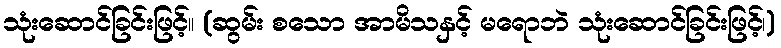
သုံးဆောင်ခြင်းဖြင့်။ (ဆွမ်း စသော အာမိသနှင့် မရောဘဲ သုံးဆောင်ခြင်းဖြင့်၊)